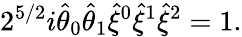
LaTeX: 2^{5/2}i\widehat{\theta}_{0}\widehat{\theta}_{1}\widehat{\xi}{}^{0}\widehat{\xi}{}^{1}\widehat{\xi}{}^{2}=1.